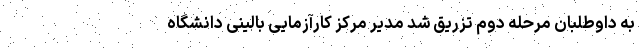
به داوطلبان مرحله دوم تزریق شد مدیر مرکز کارآزمایی بالینی دانشگاه